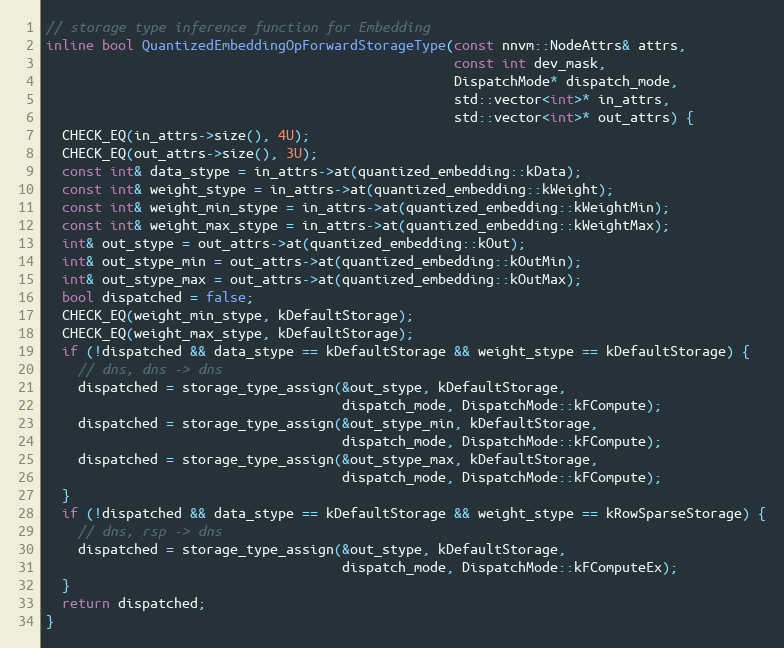
Language: C++
// storage type inference function for Embedding
inline bool QuantizedEmbeddingOpForwardStorageType(const nnvm::NodeAttrs& attrs,
                                                   const int dev_mask,
                                                   DispatchMode* dispatch_mode,
                                                   std::vector<int>* in_attrs,
                                                   std::vector<int>* out_attrs) {
  CHECK_EQ(in_attrs->size(), 4U);
  CHECK_EQ(out_attrs->size(), 3U);
  const int& data_stype = in_attrs->at(quantized_embedding::kData);
  const int& weight_stype = in_attrs->at(quantized_embedding::kWeight);
  const int& weight_min_stype = in_attrs->at(quantized_embedding::kWeightMin);
  const int& weight_max_stype = in_attrs->at(quantized_embedding::kWeightMax);
  int& out_stype = out_attrs->at(quantized_embedding::kOut);
  int& out_stype_min = out_attrs->at(quantized_embedding::kOutMin);
  int& out_stype_max = out_attrs->at(quantized_embedding::kOutMax);
  bool dispatched = false;
  CHECK_EQ(weight_min_stype, kDefaultStorage);
  CHECK_EQ(weight_max_stype, kDefaultStorage);
  if (!dispatched && data_stype == kDefaultStorage && weight_stype == kDefaultStorage) {
    // dns, dns -> dns
    dispatched = storage_type_assign(&out_stype, kDefaultStorage,
                                     dispatch_mode, DispatchMode::kFCompute);
    dispatched = storage_type_assign(&out_stype_min, kDefaultStorage,
                                     dispatch_mode, DispatchMode::kFCompute);
    dispatched = storage_type_assign(&out_stype_max, kDefaultStorage,
                                     dispatch_mode, DispatchMode::kFCompute);
  }
  if (!dispatched && data_stype == kDefaultStorage && weight_stype == kRowSparseStorage) {
    // dns, rsp -> dns
    dispatched = storage_type_assign(&out_stype, kDefaultStorage,
                                     dispatch_mode, DispatchMode::kFComputeEx);
  }
  return dispatched;
}